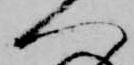
へ